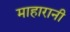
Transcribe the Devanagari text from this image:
माहारानी